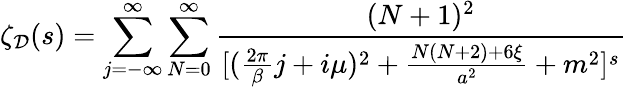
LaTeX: \zeta_{\cal D}(s)=\sum_{j=-\infty}^{\infty}\sum_{N=0}^{\infty}{\frac{(N+1)^{2}}{[({\frac{2\pi}{\beta}}j+i\mu)^{2}+{\frac{N(N+2)+6\xi}{a^{2}}}+m^{2}]^{s}}}